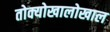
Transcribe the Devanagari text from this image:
तोक्योखालोखाल